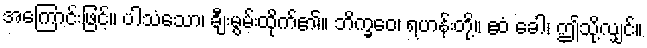
အကြောင်းဖြင့်။ ပါသံသော၊ ချီးမွမ်းထိုက်၏။ ဘိက္ခဝေ၊ ရဟန်းတို့။ ဧဝံ ခေါ၊ ဤသို့လျှင်။